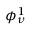
\phi _ { \nu } ^ { 1 }